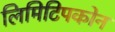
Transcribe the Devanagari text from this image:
लिमिटिपकोन